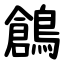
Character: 鶬